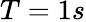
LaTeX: T=1s